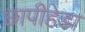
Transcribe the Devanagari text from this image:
छापीहेडा